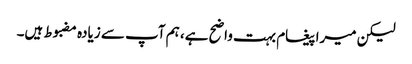
لیکن میرا پیغام بہت واضح ہے، ہم آپ سے زیادہ مضبوط ہیں۔